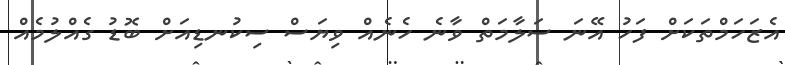
އެޒަހަމްތަކަށް ފަހު އޭނަ ސަލާމަތް ވާނެ ހެނެއް ވިޔަސް ސިކުނޑިއަށް ބޮޑު ގެއްލުމެއް